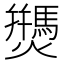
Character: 𰟷